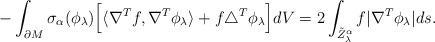
LaTeX: \begin{align*}-\int_{\partial M}\sigma_\alpha(\phi_\lambda)\Big[\langle\nabla^Tf,\nabla^T\phi_\lambda\rangle+f\triangle^T\phi_\lambda\Big]dV=2\int_{\tilde{Z}_\lambda^\alpha} f|\nabla^T\phi_\lambda|ds.\end{align*}